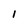
Character: 1